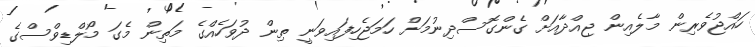
ހައްޖުވެރިން މާލެއިން ޖިއްދާއަށް ގެންގޮސްދިނުމަށް ހަމަޖެހިފައިވަނީ ތިން ދުވަހެއްގެ މަތިން މެގަ މޯލްޑިވްސްގެ